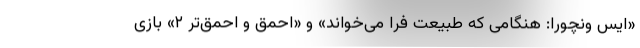
«ایس ونچورا: هنگامی که طبیعت فرا می‌خواند» و «احمق و احمق‌تر ۲» بازی